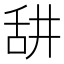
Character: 𦧏